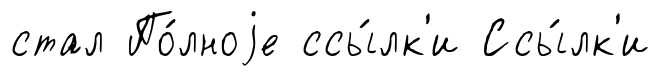
стал По́лноjе ссы́лк'и Ссы́лк'и